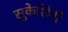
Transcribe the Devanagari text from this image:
सुकेशिनी